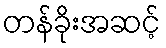
တန်ခိုးအဆင့်